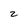
Character: 2